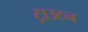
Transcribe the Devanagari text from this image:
ट्राउटन